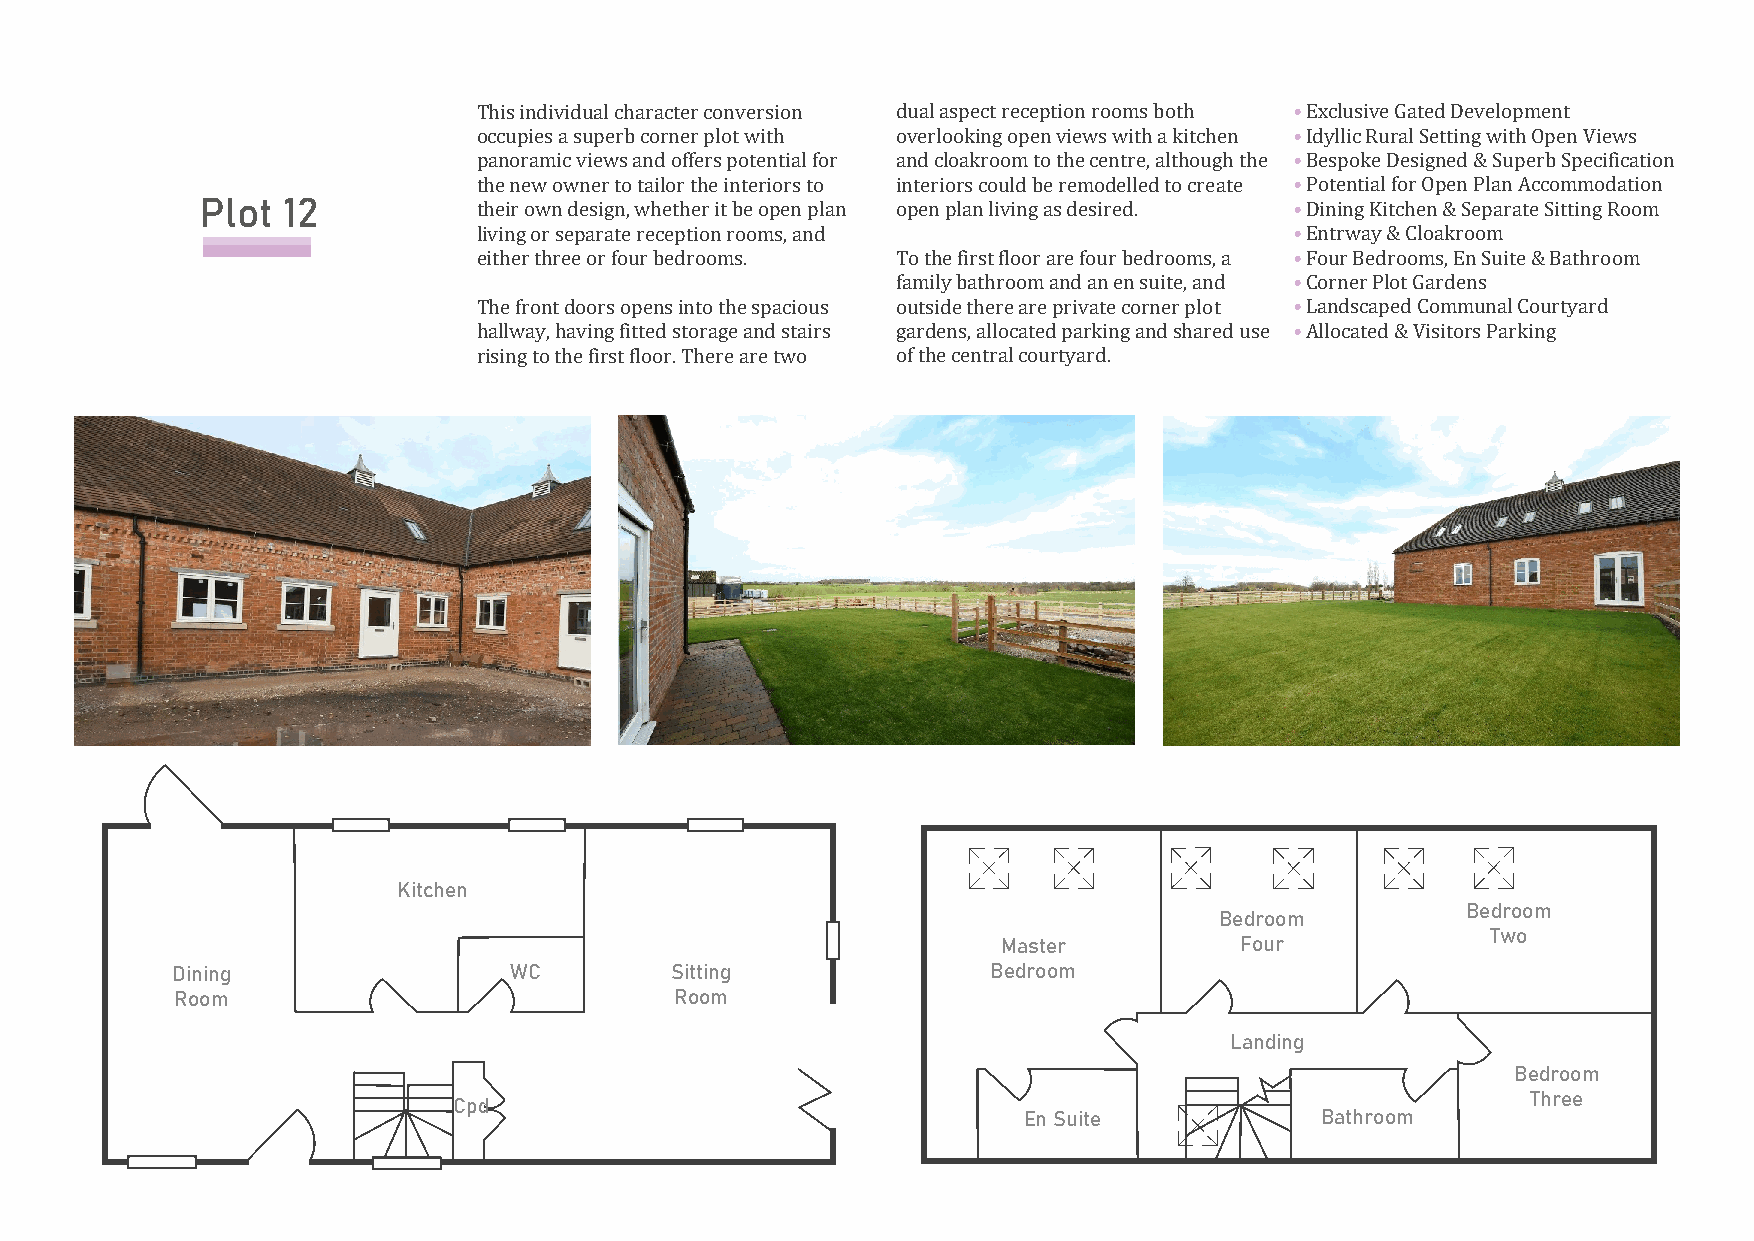
This individual character conversion dual aspect reception rooms both • Exclusive Gated Development
 occupies a superb corner plot with overlooking open views with a kitchen • Idyllic Rural Setting with Open Views
 panoramic views and offers potential for and cloakroom to the centre, although the • Bespoke Designed & Superb Specification
 the new owner to tailor the interiors to interiors could be remodelled to create • Potential for Open Plan Accommodation
 Plot  12           their own design, whether it be open plan open plan living as desired. • Dining Kitchen & Separate Sitting Room
 living or separate reception rooms, and               • Entrway & Cloakroom
 either three or four bedrooms. To the first floor are four bedrooms, a • Four Bedrooms, En Suite & Bathroom
 family bathroom and an en suite, and • Corner Plot Gardens
 The front doors opens into the spacious outside there are private corner plot • Landscaped Communal Courtyard
 hallway, having fitted storage and stairs gardens, allocated parking and shared use • Allocated & Visitors Parking
 rising to the first floor. There are two of the central courtyard.
 Kitchen
 Bedroom
 Bedroom
 Two
 Master          Four
 Dining                 WC        Sitting               Bedroom
 Room                             Room
 Landing
 Bedroom
 Three
 Cpd
 En Suite           Bathroom